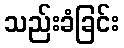
သည်းခံခြင်း